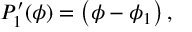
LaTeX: P _ { 1 } ^ { \prime } ( \phi ) = \left( \phi - \phi _ { 1 } \right) ,